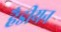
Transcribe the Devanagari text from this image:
हैडीयन